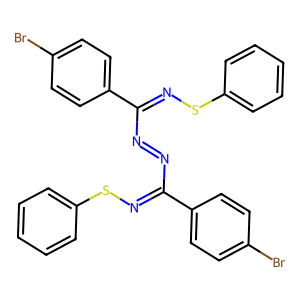
SMILES: Brc1ccc(C(N=NC(=NSc2ccccc2)c2ccc(Br)cc2)=NSc2ccccc2)cc1
Inhibits HIV replication: No